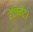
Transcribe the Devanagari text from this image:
रेजिमेंट।